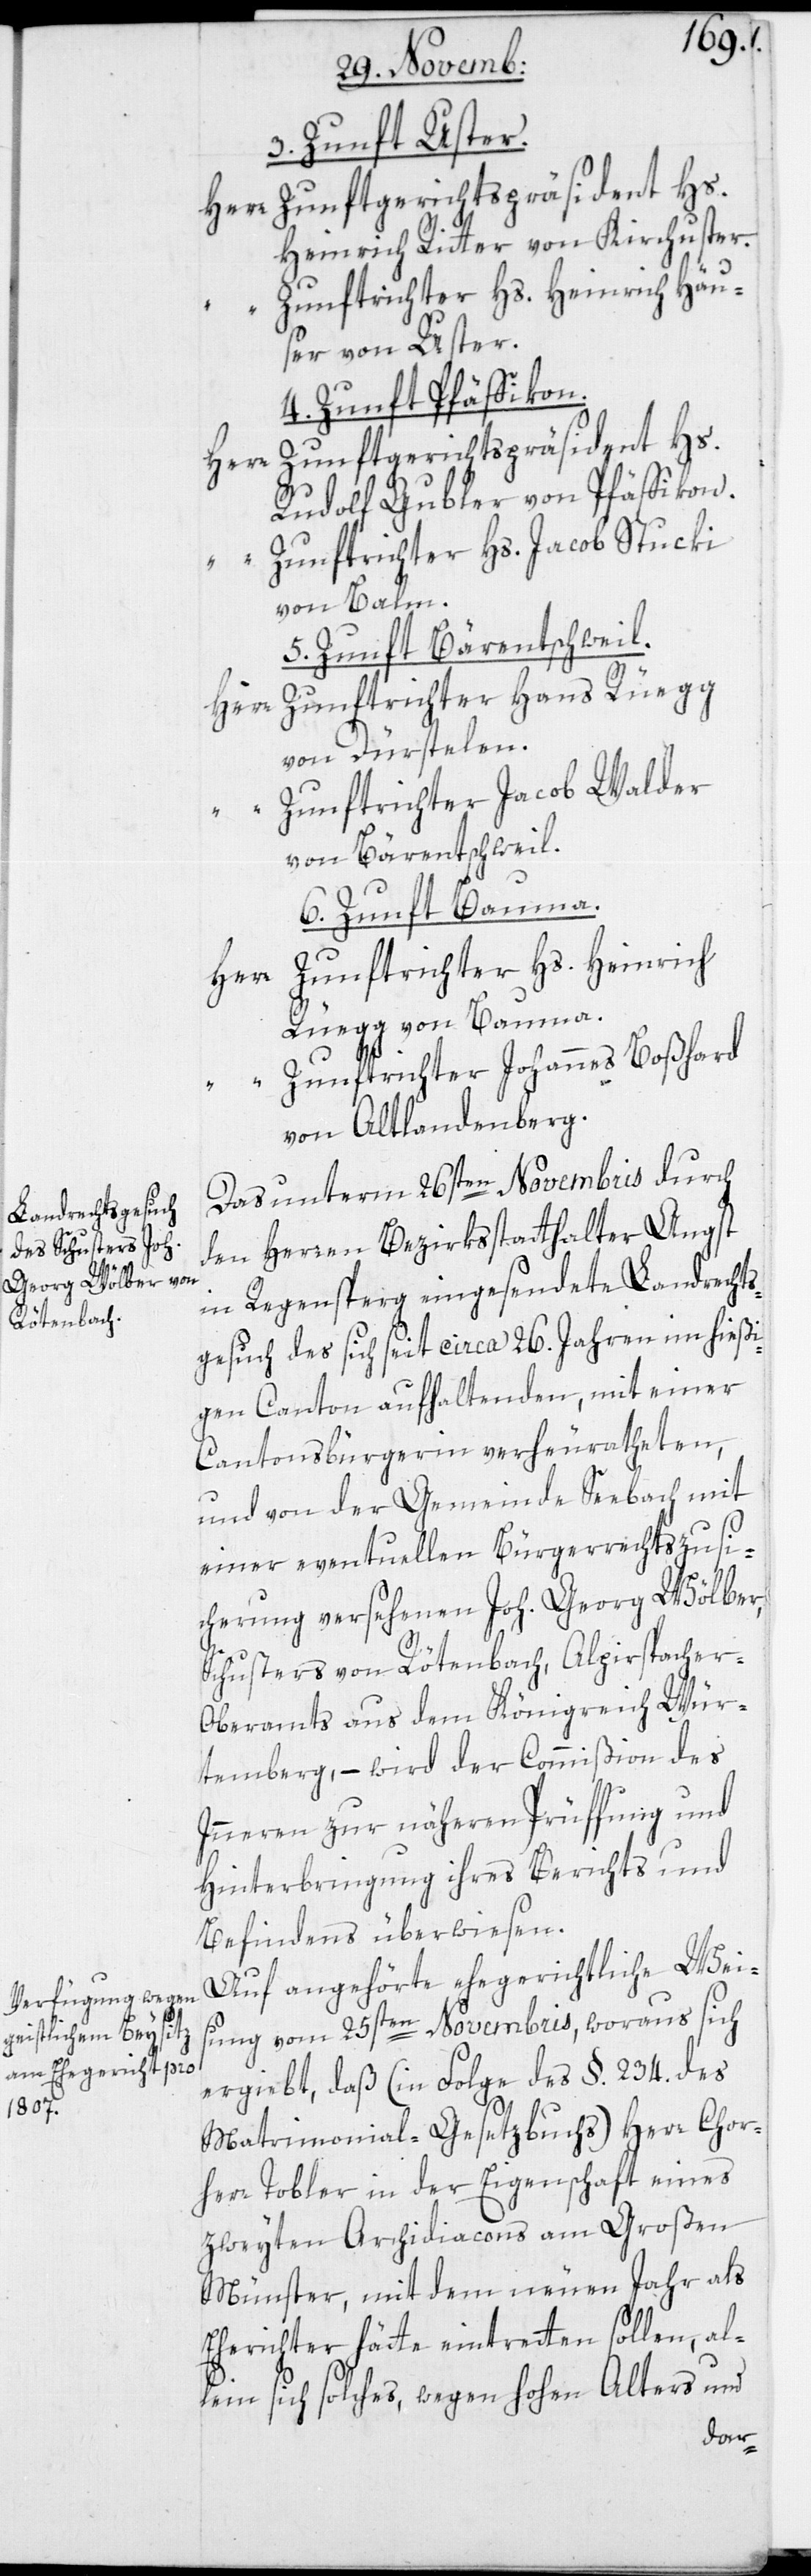
3. Zunft Uster.
Herr Zunftgerichtspräsident Hs.
Heinrich Ritter von Kirchuster.
Zunftrichter Hs. Heinrich Häu¬
ser von Uster.
4. Zunft Pfäffikon.
Zunftgerichtspräsident Hs.
Rudolf Gubler von Pfäffikon.
Zunftrichter Hs. Jacob Stuki
von Balm.
5. Zunft Bärentschweil.
Herr Zunftrichter Hans Rüegg
von Dürstelen.
Zunftrichter Jacob Walder
von Bärentschweil.
6. Zunft Bauma.
Zunftrichter Hs. Heinrich
Herr
Rüegg von Bauma.
“ Zunftrichter Johannes Boßhard
von Altlandenberg.
Das unterm 26sten Novembris durch
den Herren Bezirksstatthalter Angst
in Regensperg eingesendete Landrechts¬
gesuch des sich seit circa 26. Jahren im hießi¬
gen Canton aufhaltenden, mit einer
Cantonsbürgerin verheuratheten,
und von der Gemeinde Seebach mit
einer eventuellen Bürgerrechts-Zusi¬
cherung versehenen Joh. Georg Wölber,
Schusters von Rötenbach, Alpirsbacher-O¬
beramts aus dem Königreich Wür¬
temberg, – wird der Commißion des
Inneren zur näheren Prüfung und
Hinterbringung ihres Berichts und
Befindens überwiesen.
Auf angehörte ehegerichtliche Weis¬
ung vom 25sten Novembris, woraus sich
ergiebt, daß (in Folge des §. 234. des
Matrimonial-Gesetzbuchs) Herr Chor¬
herr Tobler in der Eigenschaft eines
zweyten Archidiacons am Großen
Münster, mit dem neuen Jahr als
Eherichter hätte eintreten sollen, al¬
lein sich solches, wegen hohen Alters und